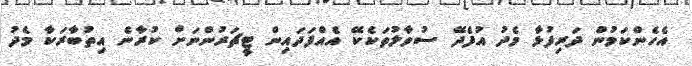
އެހެންކަމުން ދަރިފުޅާ މެދު އުފެދޭ ސުވާލުތަކެކޭ އެއްފަދައިން ޓީޗަރުންނަށް ކުރާނެ އިތުބާރަކާ މެދު